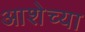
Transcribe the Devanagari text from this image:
आशेच्या